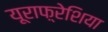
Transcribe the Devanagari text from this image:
यूराफ़्रेशिया